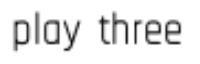
play three